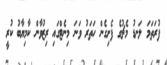
ފުރަތަމަ ލަނޑު މެޗުގެ ފެށިގެން ހަތަރު ވަނަ މިނެޓްގައި ރިޒުވާން ކާމިޔާބު ކުރީ